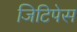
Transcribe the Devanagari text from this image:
जिटिपेस